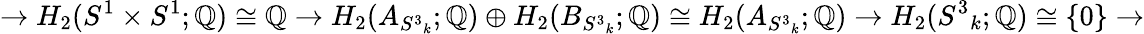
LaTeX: \rightarrow H_{2}(S^{1}\times S^{1};\mathbb{Q})\cong\mathbb{Q}\rightarrow H_{2}(A_{{S^{3}}_{k}};\mathbb{Q})\oplus H_{2}(B_{{S^{3}}_{k}};\mathbb{Q})\cong H_{2}(A_{{S^{3}}_{k}};\mathbb{Q})\rightarrow H_{2}({S^{3}}_{k};\mathbb{Q})\cong\{ 0\} \rightarrow